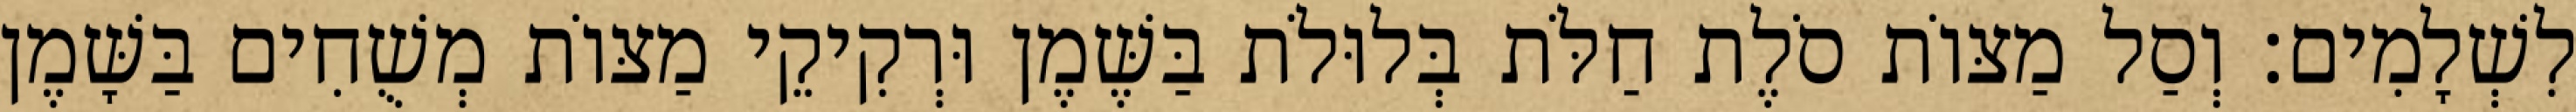
לִשְׁלָמִים׃ וְסַל מַצּוֹת סֹלֶת חַלֹּת בְּלוּלֹת בַּשֶּׁמֶן וּרְקִיקֵי מַצּוֹת מְשֻׁחִים בַּשָּׁמֶן